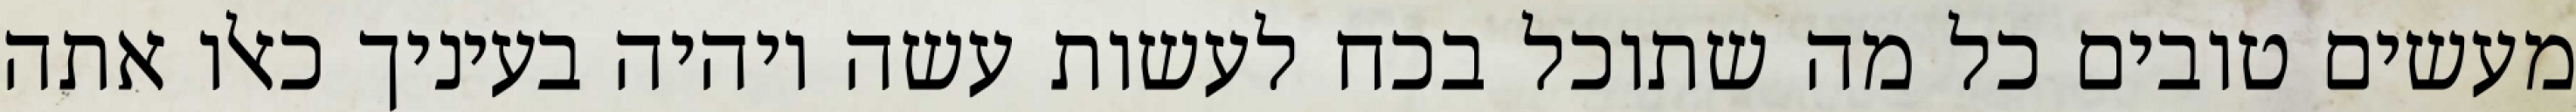
מעשים טובים כל מה שתוכל בכח לעשות עשה ויהיה בעיניך כאלו אתה